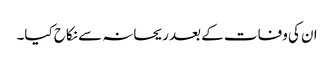
ان کی وفات کے بعد ریحانہ سے نکاح کیا۔